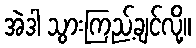
အဲဒါ သွားကြည့်ချင်လို့။